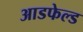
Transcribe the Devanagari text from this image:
आडफेल्ड